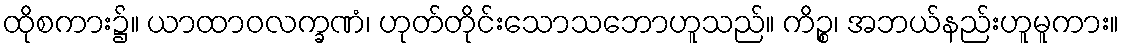
ထိုစကား၌။ ယာထာဝလက္ခဏံ၊ ဟုတ်တိုင်းသောသဘောဟူသည်။ ကိဉ္စ၊ အဘယ်နည်းဟူမူကား။